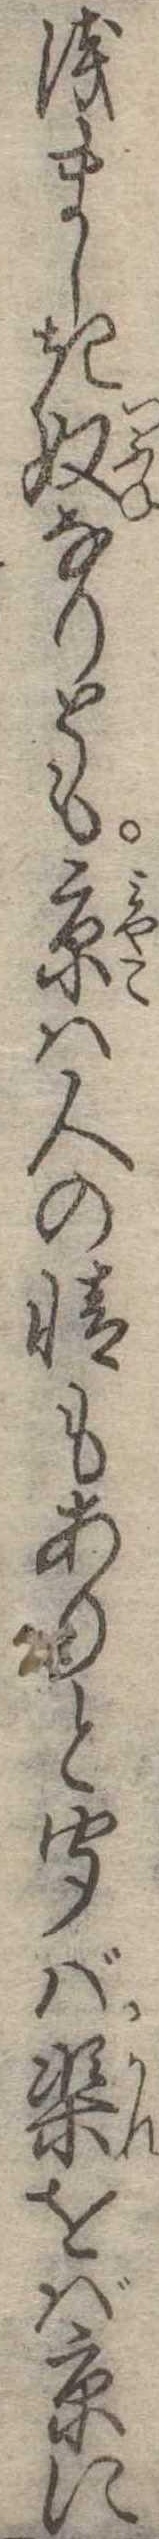
浅ましき奴なりとも京は人の情もありと聞ば渠をば京に